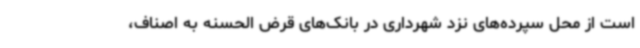
است از محل سپرده‌های نزد شهرداری در بانک‌های قرض الحسنه به اصناف،